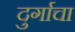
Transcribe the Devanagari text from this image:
दुर्गाचा